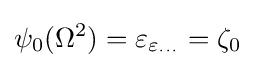
\psi _{0}(\Omega ^{2})=\varepsilon _{\varepsilon _{\cdots }}=\zeta _{0}